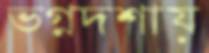
ভগ্নদশায়